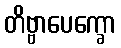
တိဗ္ဗာပေက္ခော